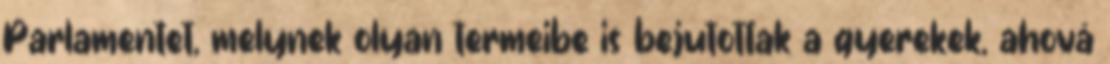
Parlamentet, melynek olyan termeibe is bejutottak a gyerekek, ahová